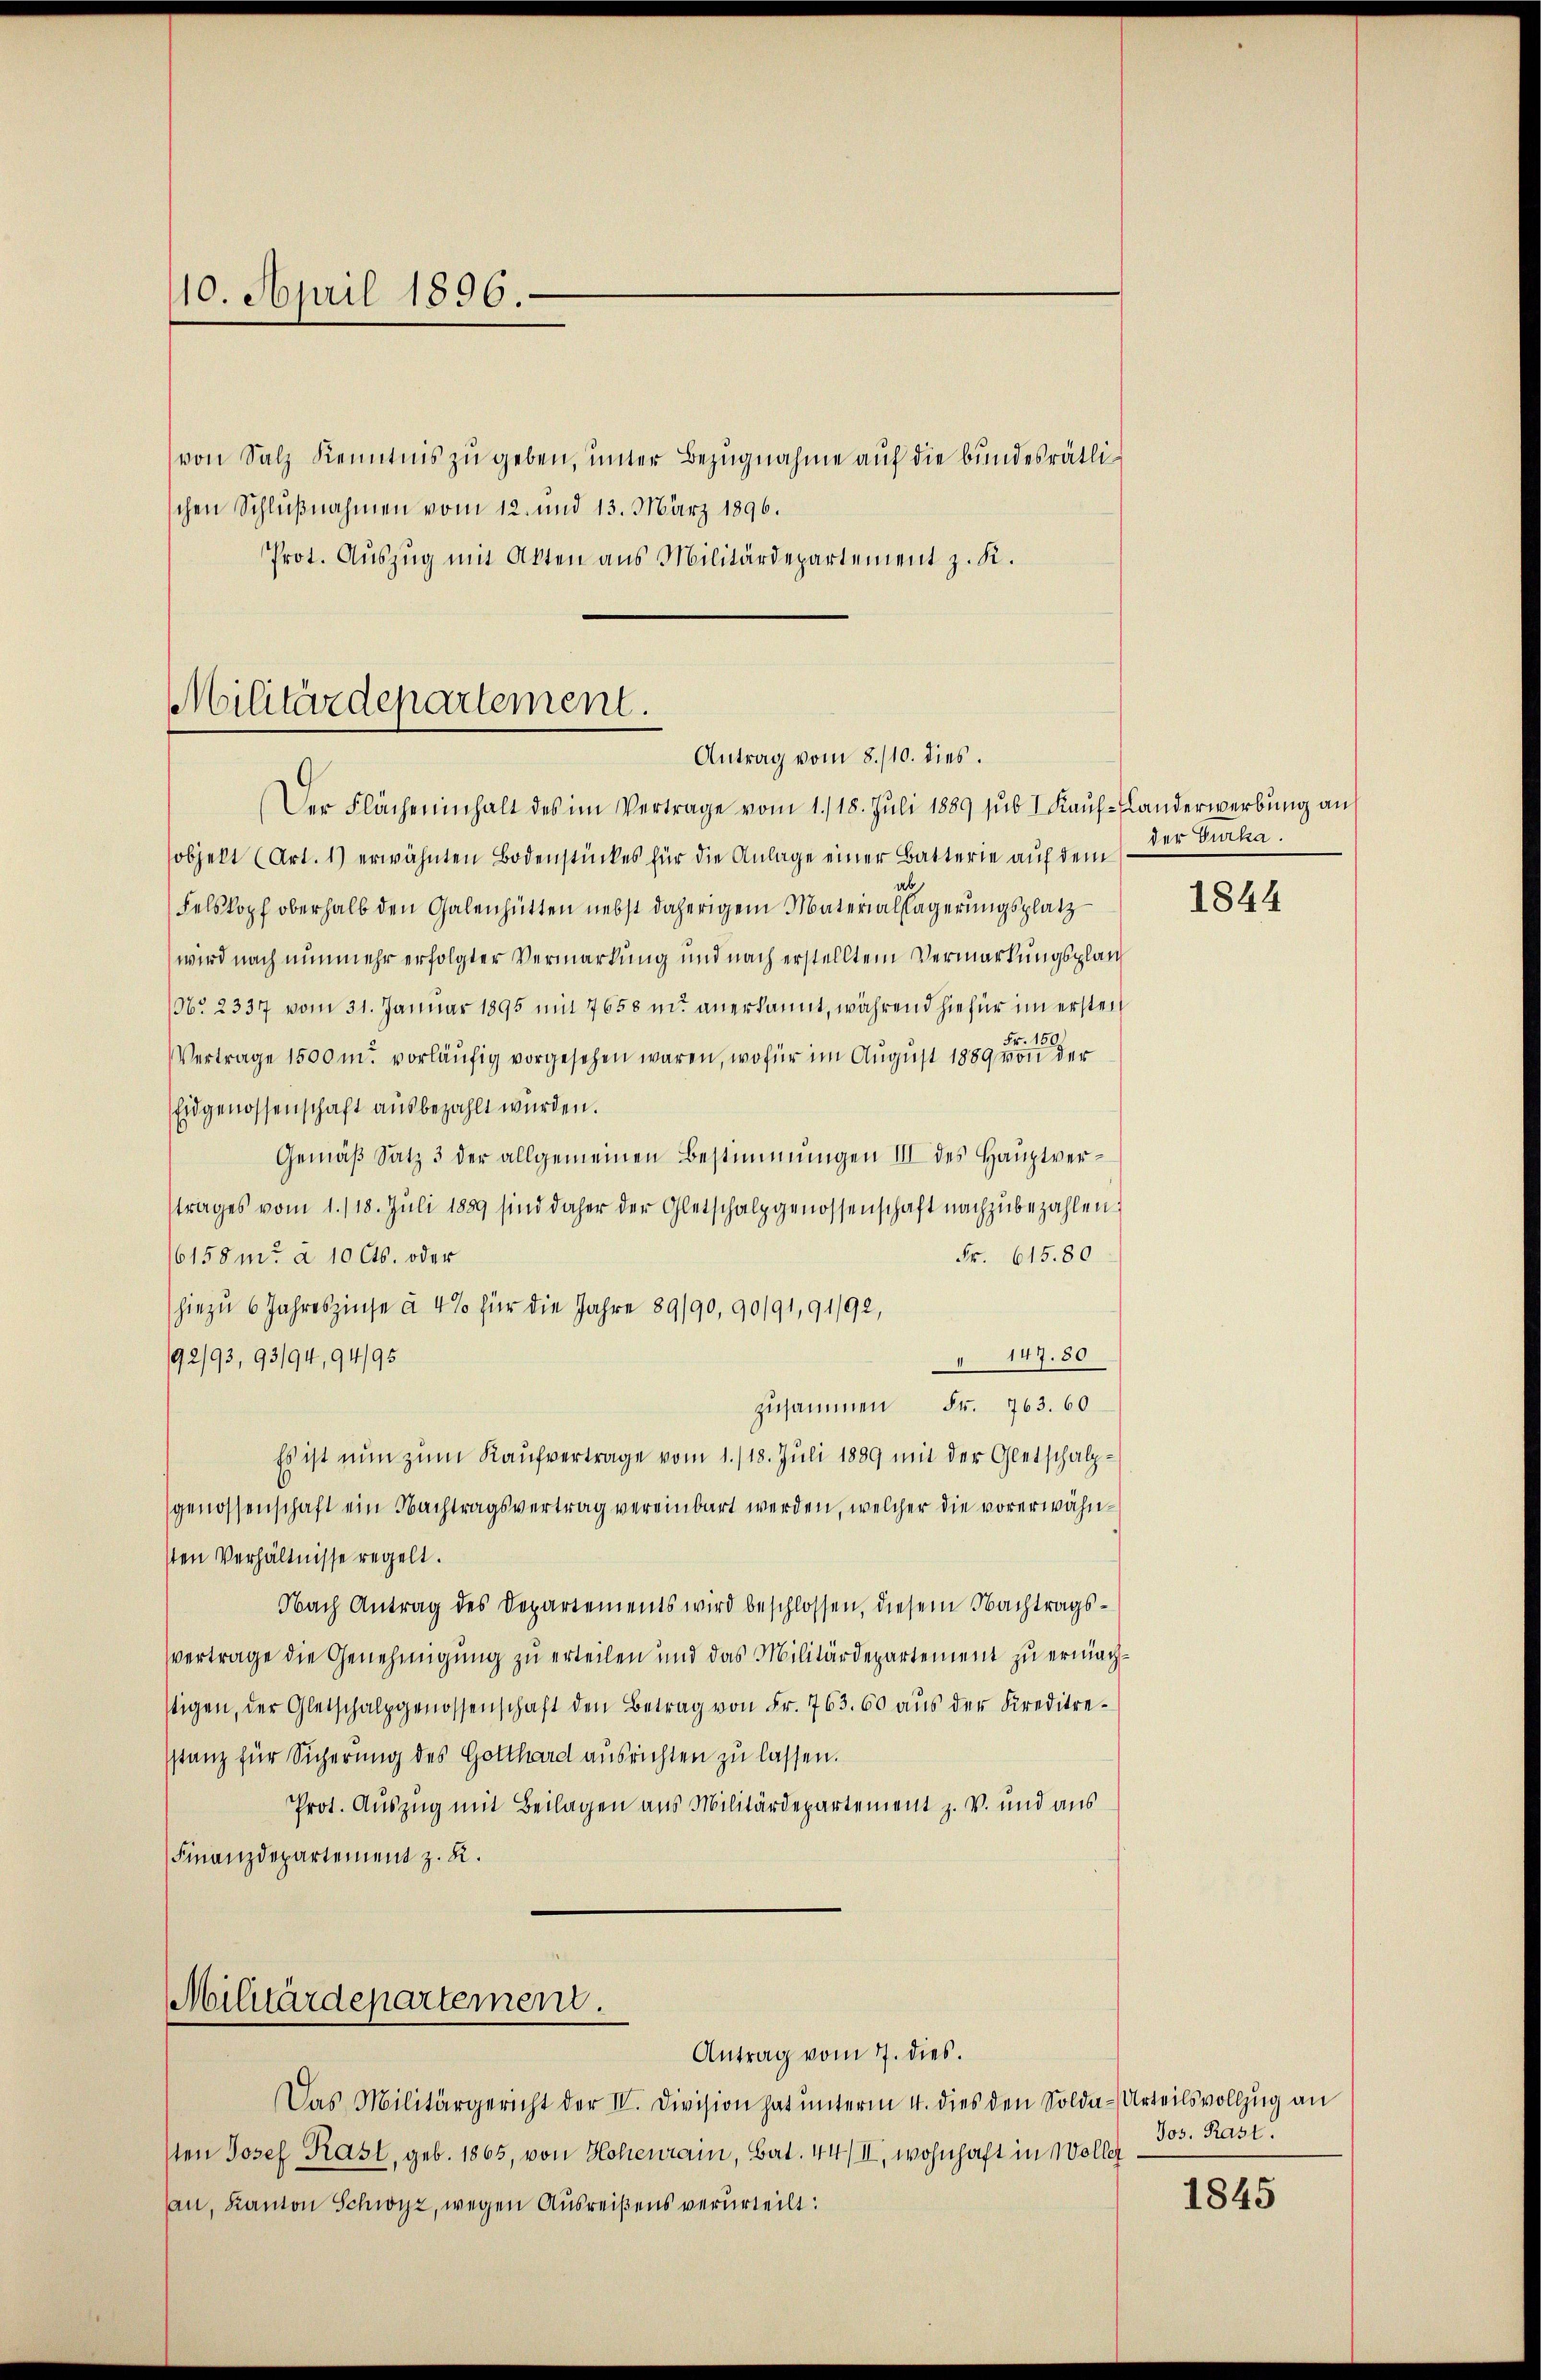
110. April 1896.

von Salz Kenntnis zŭ geben, unter Bezugnahme auf die bundesrätlischen Schlußnahmen vom 12. und 13. März 1896.
Prot. Auszug mit Akten aus Militärdepartement z. K.

Militärdepartement.
Antrag vom 8./10. dies.

Militärdepartement.

Der Flächeninhalt des im Vertrage vom 1./18. Jŭli 1889 sŭb I Kaŭf-Landerwerbŭng an
sobjekt (Art. 1) erwähnten Bodenstückes für die Anlage einer Batterie auf dem
ab
Felskopf oberhalb den Galenhütten nebst daherigem Materiallagerungsplatz
wird nach nunmehr erfolgter Vermarkung und nach erstelltem Vermarkungsplan
No 2337 vom 31. Januar 1895 mit 7658 u. anerkannt, während hiefür im ersten
Fr. 150
Vertrage 1500 m. vorläufig vorgesehen waren, wofür im August 1889 von der
Eidgenossenschaft ausbezahlt wurden.
Gemäβ Satz 3 der allgemeinen Bestimmungen III des Hauptvertrages vom 1./18. Jŭli 1889 sind daher der Gletschalpgenossenschaft nachzŭbezahlen.
Fr. 615.80
6158 m. a 10 Cts. oder
hiezu 6 Jahreszinse à 4% für die Jahre 89/90, 90/91,91/92,
92/93, 93/94, 94/95
 147. 30
zusammen Fr. 763. 60
Es ist nun zum Kaufvertrage vom 1./18. Juli 1889 mit der Gletschalpgenossenschaft ein Nachtragsvertrag vereinbart werden, welcher die vorerwähnsten Verhältnisse regelt.
Nach Antrag des Departements wird beschlossen, diesem Nachtragsvertrage die Genehmigung zu erteilen und das Militärdepartement zu ermachtigen, der Gletschalpgenossenschaft den Betrag von Fr. 763. 60 aŭs der Kreditre-
sstanz für Sicherung des Gotthard ausrichten zu lassen.
Prot. Auszug mit Beilagen aus Militärdepartement z. v. und aus
Finanzdepartement z. B.

Antrag vom 7. dies.
Das Militärgericht der IV. Division hat ŭnterm 4. dies den Solda-Urteilsvollzug an
sten Josef Kast, geb. 1865, von Hohenrain, Bat. 44/II, wohnhaft in Woller
au, Kanton Schwyz, wegen Ausreißens verurteilt:

der Burka.

1844

Jos. Rast.

1845